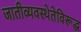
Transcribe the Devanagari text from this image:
जातीव्यवस्थेतेविरूद्ध